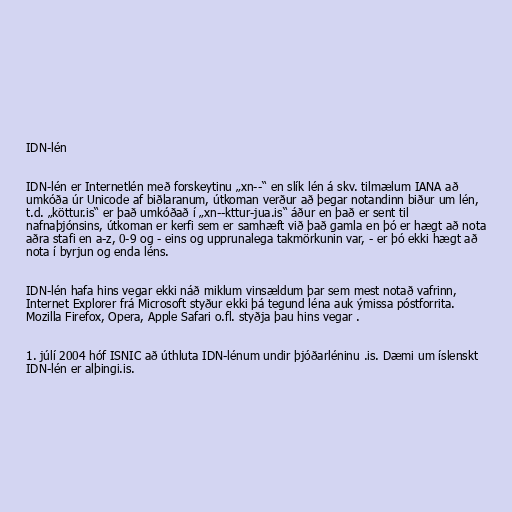
IDN-lén

IDN-lén er Internetlén með forskeytinu „xn--“ en slík lén á skv. tilmælum IANA að
umkóða úr Unicode af biðlaranum, útkoman verður að þegar notandinn biður um lén,
t.d. „köttur.is“ er það umkóðað í „xn--kttur-jua.is“ áður en það er sent til
nafnaþjónsins, útkoman er kerfi sem er samhæft við það gamla en þó er hægt að nota
aðra stafi en a-z, 0-9 og - eins og upprunalega takmörkunin var, - er þó ekki hægt að
nota í byrjun og enda léns.

IDN-lén hafa hins vegar ekki náð miklum vinsældum þar sem mest notað vafrinn,
Internet Explorer frá Microsoft styður ekki þá tegund léna auk ýmissa póstforrita.
Mozilla Firefox, Opera, Apple Safari o.fl. styðja þau hins vegar .

1. júlí 2004 hóf ISNIC að úthluta IDN-lénum undir þjóðarléninu .is. Dæmi um íslenskt
IDN-lén er alþingi.is.